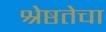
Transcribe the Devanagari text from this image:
श्रेष्ठतेचा